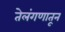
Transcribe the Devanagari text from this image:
तेलंगणातून